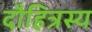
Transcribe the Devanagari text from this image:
दौहित्रस्य